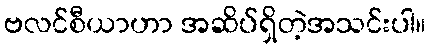
ဗလင်စီယာဟာ အဆိပ်ရှိတဲ့အသင်းပါ။